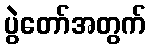
ပွဲတော်အတွက်